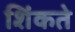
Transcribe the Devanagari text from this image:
शिंकते